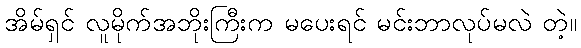
အိမ်ရှင် လူမိုက်အဘိုးကြီးက မပေးရင် မင်းဘာလုပ်မလဲ တဲ့။